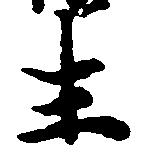
生